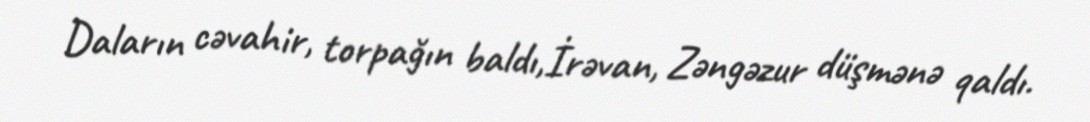
Daların cəvahir, torpağın baldı,İrəvan, Zəngəzur düşmənə qaldı.